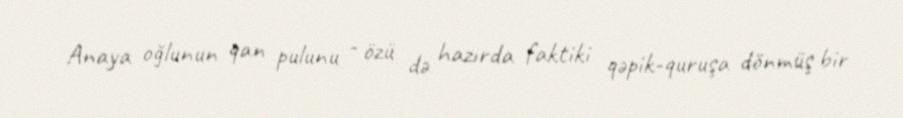
Anaya oğlunun qan pulunu - özü də hazırda faktiki qəpik-quruşa dönmüş bir